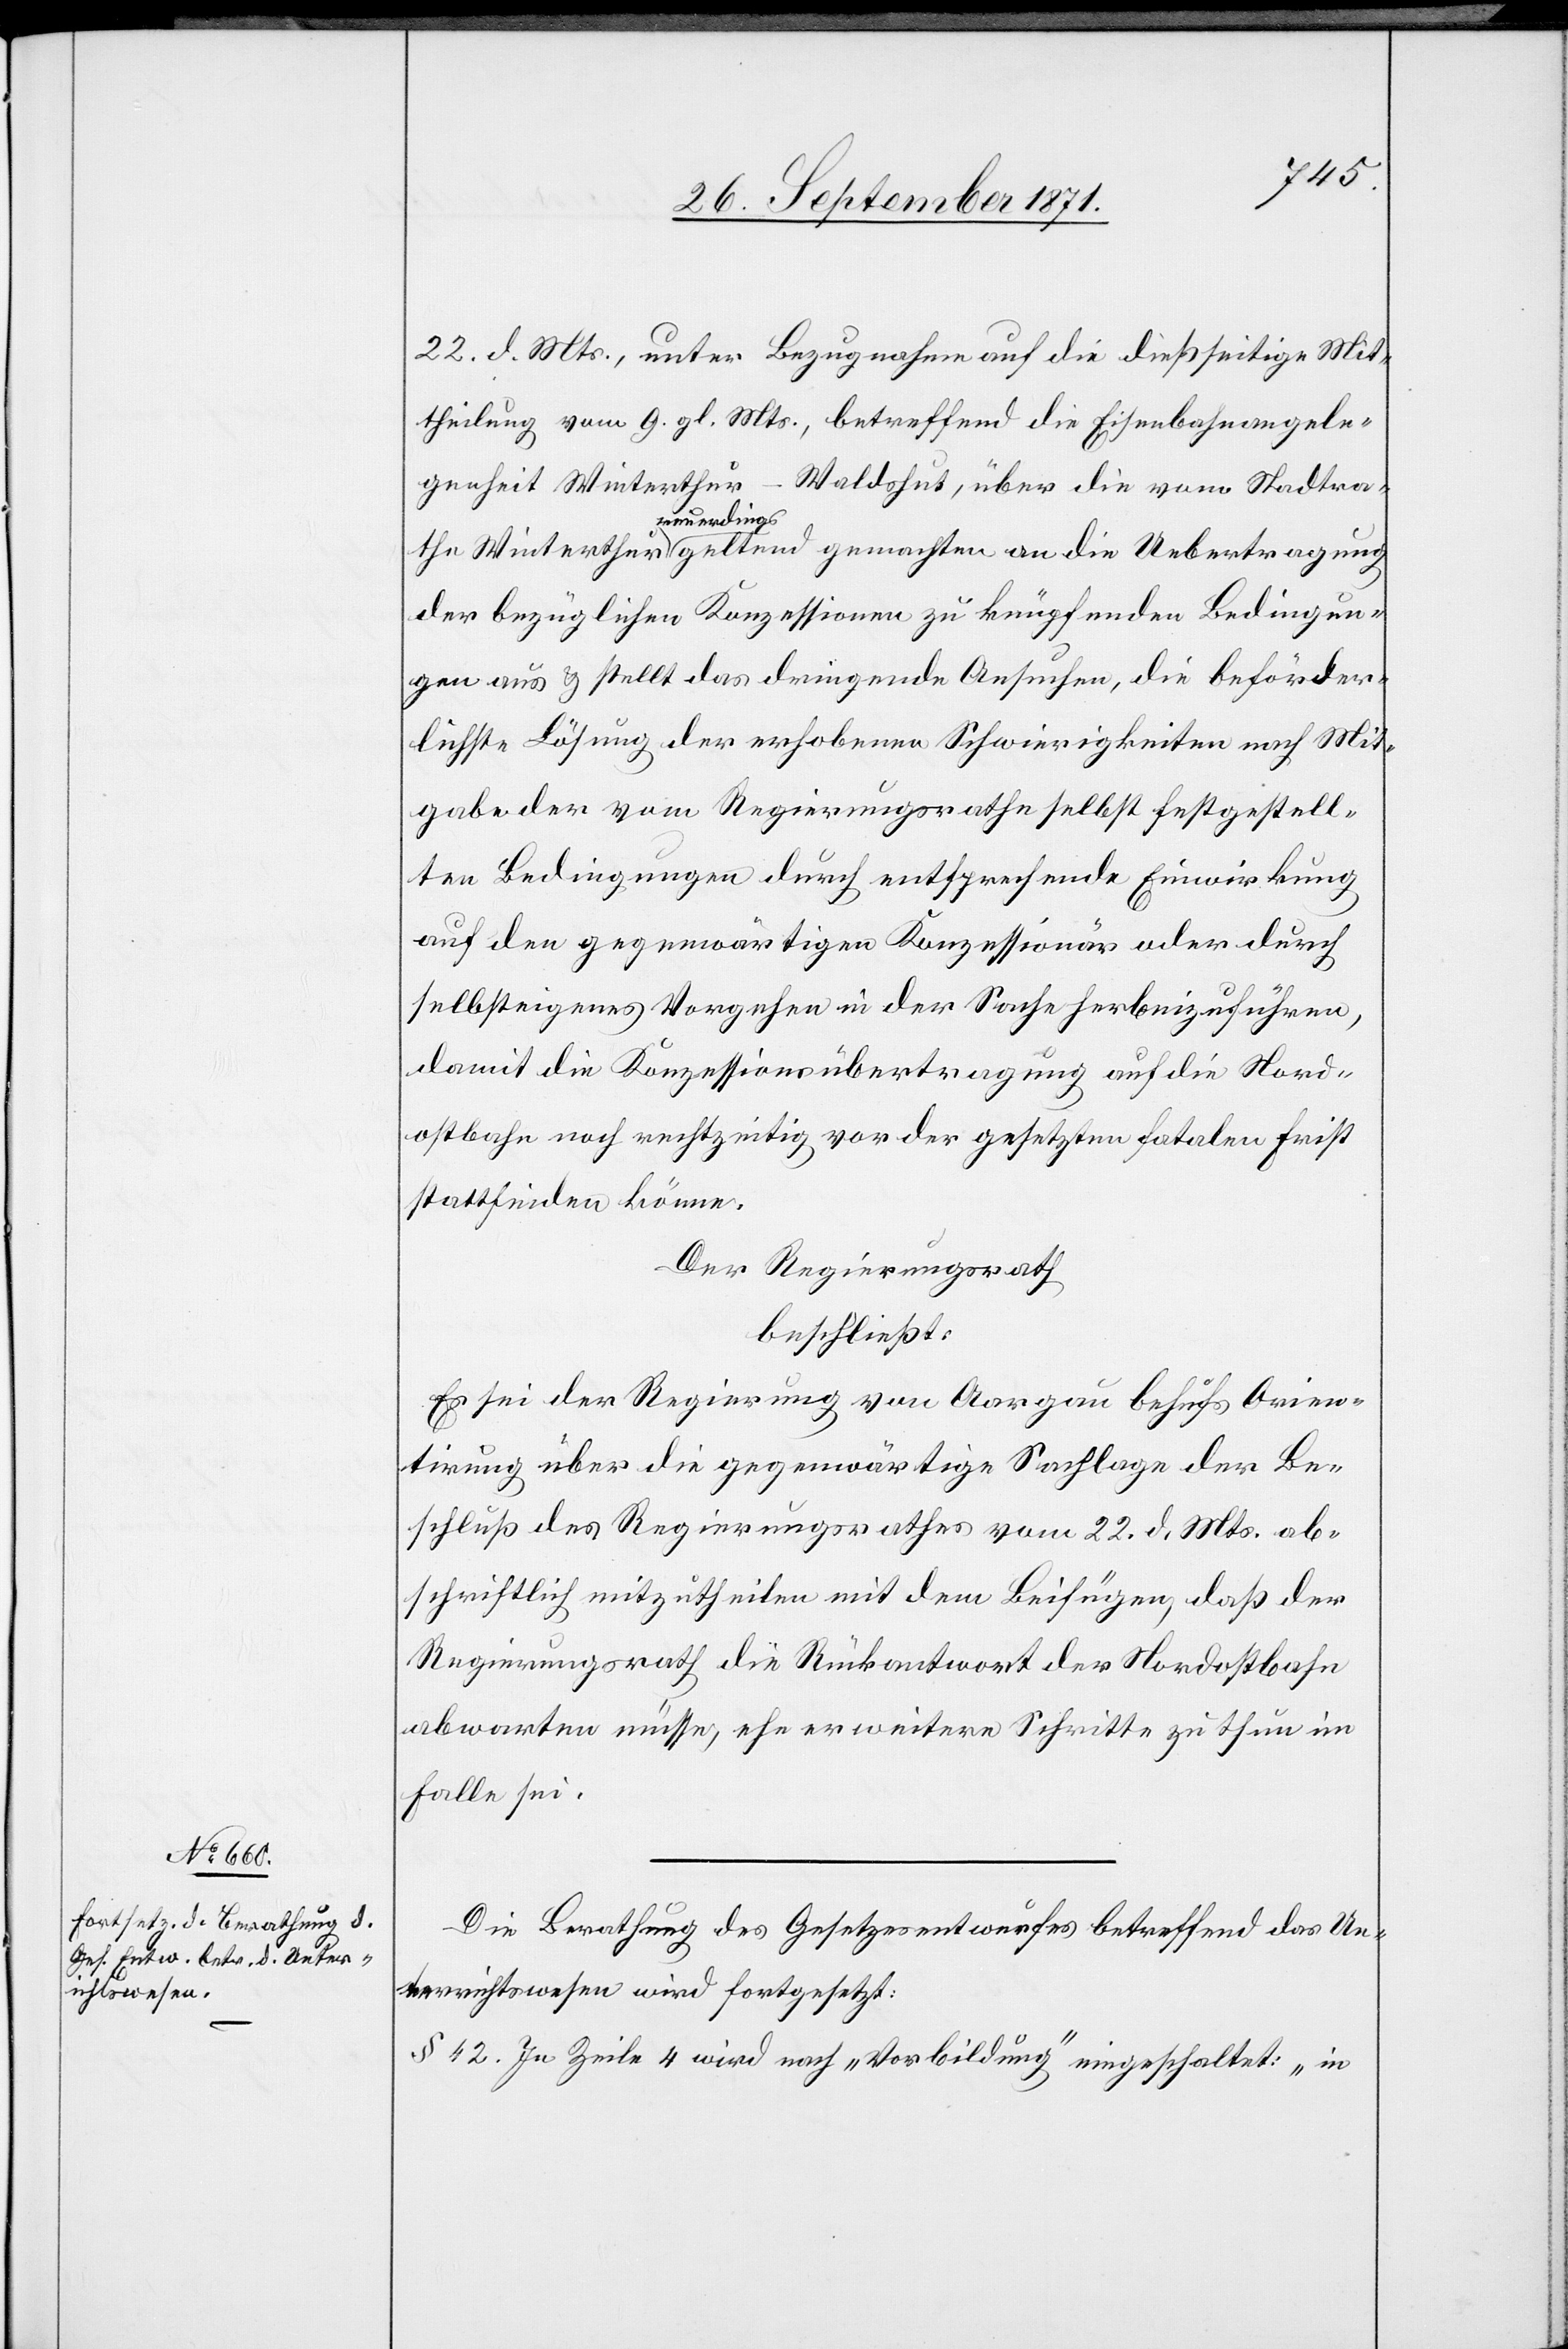
22. d. Mts., unter Bezugnahme auf die dießseitige Mit¬
theilung vom 9. gl. Mts., betreffend die Eisenbahnangele¬
genheit Winterthur–Waldshut, über die vom Stadtrathe
dings
gemachten
der bezüglichen Konzessionen zu knüpfenden Bedingun¬
gen aus & stellt das dringende Ansuchen, die beförder¬
lichste Lösung der erhobenen Schwierigkeiten nach Mit¬
gabe der vom Regierungsrathe selbst festgestell¬
ten Bedingungen durch entsprechende Einwirkung
auf den gegenwärtigen Konzessionär oder durch
selbsteigenes Vorgehen in der Sache herbeizuführen,
damit die Konzessionsübertragung auf die Nord¬
ostbahn noch rechtzeitig vor der gesetzten fatalen Frist
stattfinden könne.
Der Regierungsrath
beschließt:
Es sei der Regierung von Aargau behufs Orien¬
tirung über die gegenwärtige Sachlage der Be¬
schluß des Regierungsrathes vom 22. d. Mts. ab¬
schriftlich mitzutheilen mit dem Beifügen, daß der
Regierungsrath die Rückantwort der Nordostbahn
abwarten müsse, ehe er weitere Schritte zu thun im
Falle sei.
Die Berathung des Gesetzesentwurfs betreffend das Un¬
terrichtswesen wird fortgesetzt:
§ 42. In Zeile 4 wird nach „Vorbildung“ eingeschaltet: „in